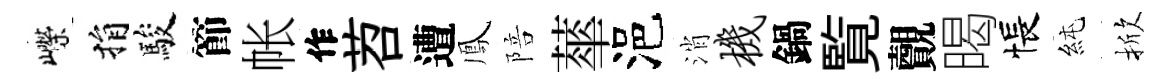
嶸捐駿節帐作苕遭鳳陪蕐浥消机鍋覧覿暍悵純掀